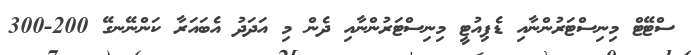
ސްޓޭޓް މިނިސްޓަރުންނާއި ޑެޕިއުޓީ މިނިސްޓަރުންނާއި ދެން މި އަދަދު އެބައަރާ ކަންނޭނގޭ 200-300